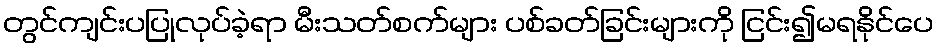
တွင်ကျင်းပပြုလုပ်ခဲ့ရာ မီးသတ်စက်များ ပစ်ခတ်ခြင်းများကို ငြင်း၍မရနိုင်ပေ